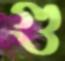
গু